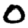
Digit: 0